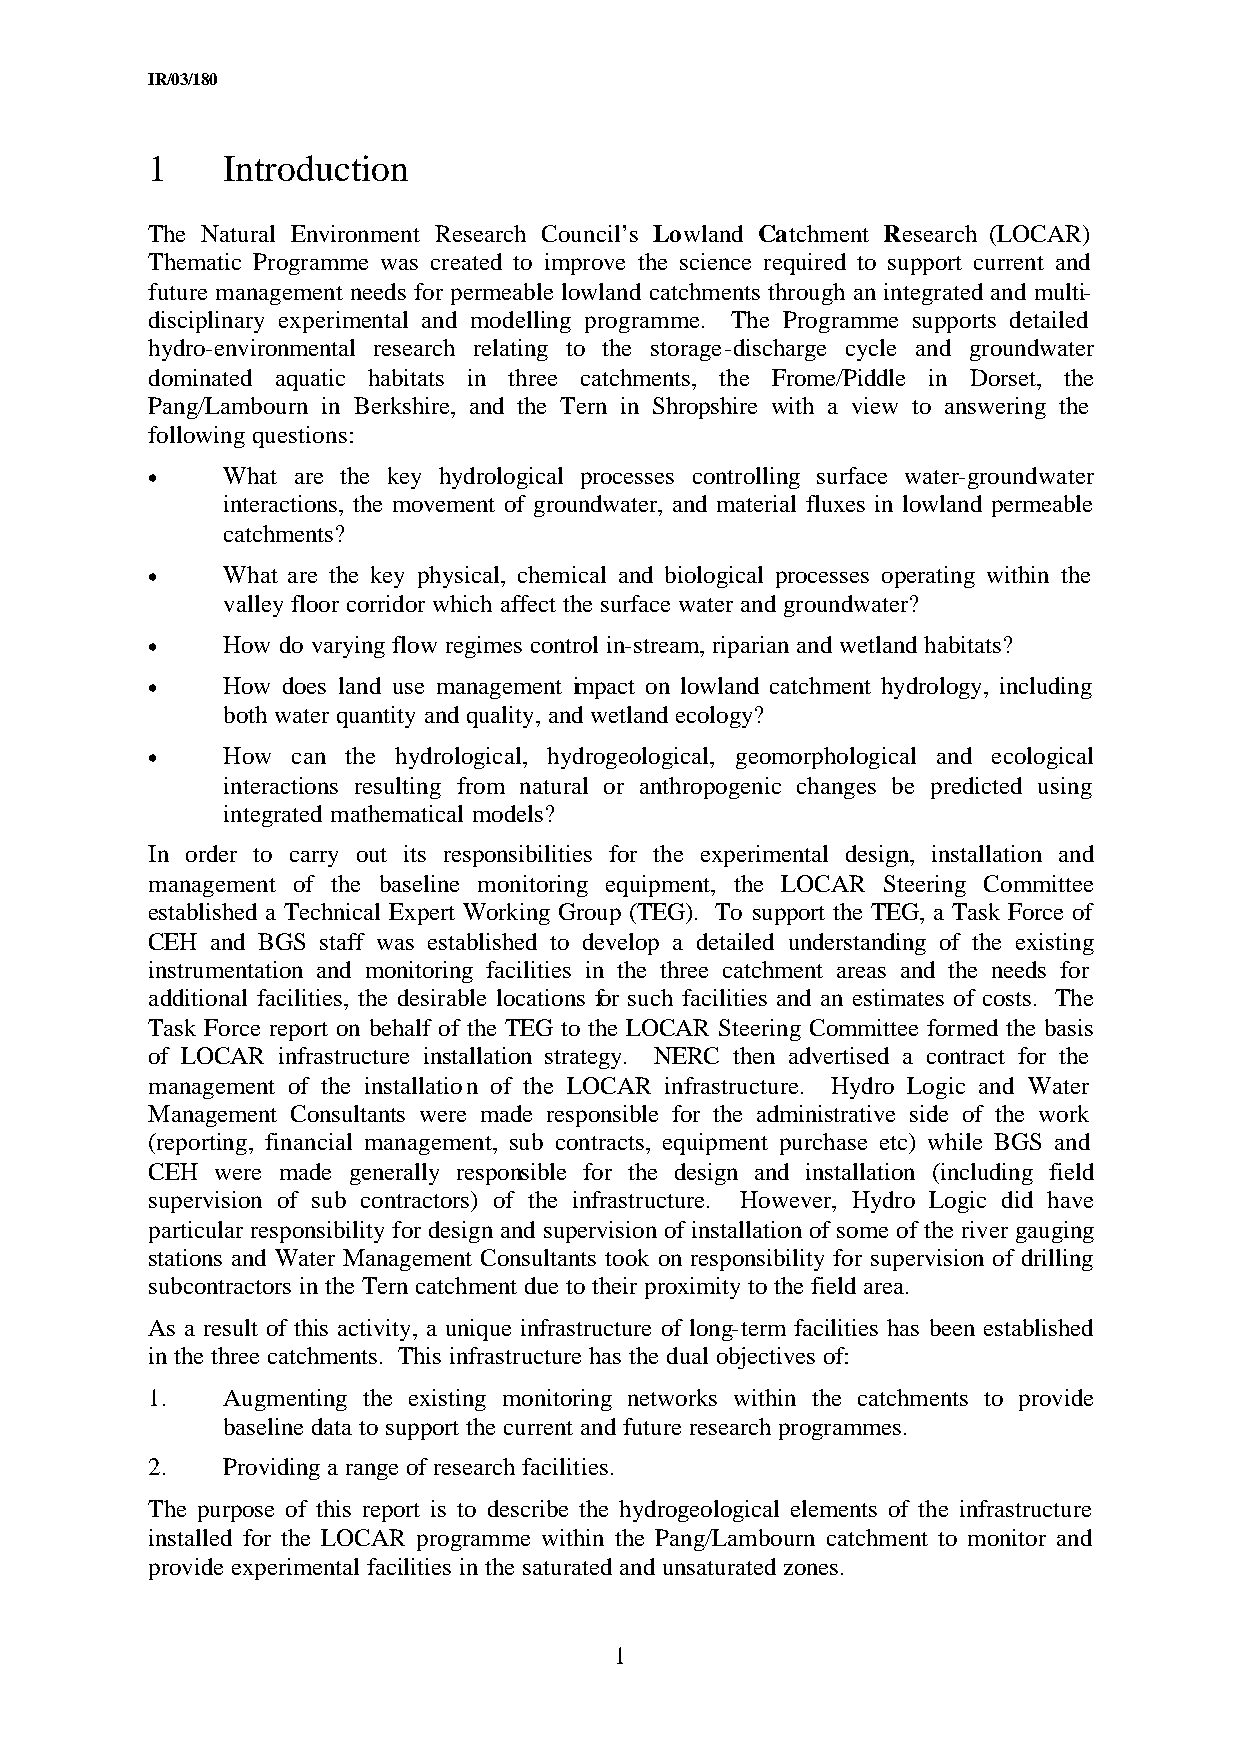
IR/03/180
 1    Introduction
 The Natural Environment Research Council’s Lowland Catchment Research (LOCAR)
 Thematic Programme was created to improve the science required to support current and
 future management needs for permeable lowland catchments through an integrated and multi-
 disciplinary experimental and modelling programme. The Programme supports detailed
 hydro-environmental research relating to the storage-discharge cycle and groundwater
 dominated aquatic habitats in three catchments, the Frome/Piddle in Dorset, the
 Pang/Lambourn in Berkshire, and the Tern in Shropshire with a view to answering the
 following questions:
 •    What are the key hydrological processes controlling surface water-groundwater
 interactions, the movement of groundwater, and material fluxes in lowland permeable
 catchments?
 •    What are the key physical, chemical and biological processes operating within the
 valley floor corridor which affect the surface water and groundwater?
 •    How do varying flow regimes control in-stream, riparian and wetland habitats?
 •    How does land use management impact on lowland catchment hydrology, including
 both water quantity and quality, and wetland ecology?
 •    How can the hydrological, hydrogeological, geomorphological and ecological
 interactions resulting from natural or anthropogenic changes be predicted using
 integrated mathematical models?
 In order to carry out its responsibilities for the experimental design, installation and
 management of the baseline monitoring equipment, the LOCAR Steering Committee
 established a Technical Expert Working Group (TEG). To support the TEG, a Task Force of
 CEH and BGS staff was established to develop a detailed understanding of the existing
 instrumentation and monitoring facilities in the three catchment areas and the needs for
 additional facilities, the desirable locations for such facilities and an estimates of costs. The
 Task Force report on behalf of the TEG to the LOCAR Steering Committee formed the basis
 of LOCAR infrastructure installation strategy. NERC then advertised a contract for the
 management of the installation of the LOCAR infrastructure. Hydro Logic and Water
 Management Consultants were made responsible for the administrative side of the work
 (reporting, financial management, sub contracts, equipment purchase etc) while BGS and
 CEH were made generally responsible for the design and installation (including field
 supervision of sub contractors) of the infrastructure. However, Hydro Logic did have
 particular responsibility for design and supervision of installation of some of the river gauging
 stations and Water Management Consultants took on responsibility for supervision of drilling
 subcontractors in the Tern catchment due to their proximity to the field area.
 As a result of this activity, a unique infrastructure of long-term facilities has been established
 in the three catchments. This infrastructure has the dual objectives of:
 1.   Augmenting the existing monitoring networks within the catchments to provide
 baseline data to support the current and future research programmes.
 2.   Providing a range of research facilities.
 The purpose of this report is to describe the hydrogeological elements of the infrastructure
 installed for the LOCAR programme within the Pang/Lambourn catchment to monitor and
 provide experimental facilities in the saturated and unsaturated zones.
 1